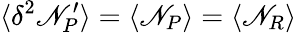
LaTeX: \langle\delta^{2}\mathscr{N}_{P}^{\prime}\rangle=\langle\mathscr{N}_{P}\rangle=\langle\mathscr{N}_{R}\rangle